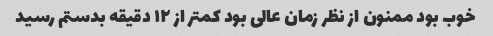
خوب بود ممنون از نظر زمان عالی بود کمتر از ۱۲ دقیقه بدستم رسید